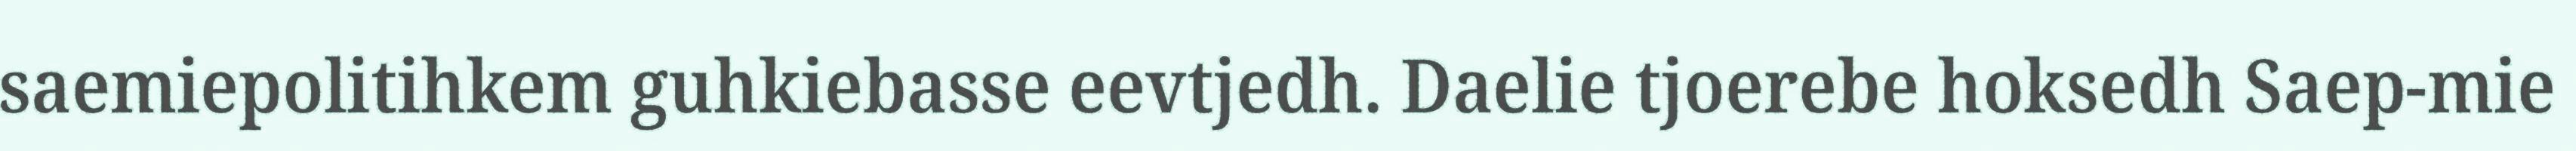
saemiepolitihkem guhkiebasse eevtjedh. Daelie tjoerebe hoksedh Saep-mie